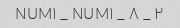
۲ _ NUM۱ _ NUM۱ _ ۸